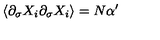
\langle \partial _ { \sigma } X _ { i } \partial _ { \sigma } X _ { i } \rangle = N \alpha ^ { \prime }